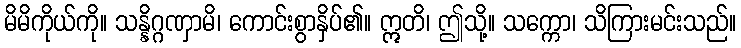
မိမိကိုယ်ကို။ သန္နိဂ္ဂဏှာမိ၊ ကောင်းစွာနှိပ်၏။ ဣတိ၊ ဤသို့။ သက္ကော၊ သိကြားမင်းသည်။